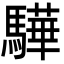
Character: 驊